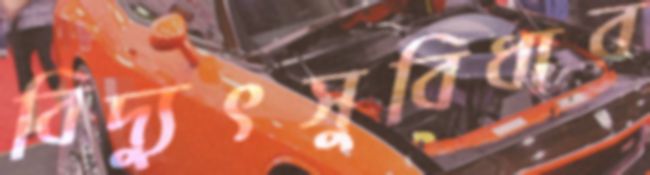
বিদ্যুৎসুবিধার